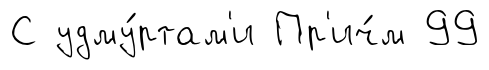
С удму́ртам'и Пр'ич́м 99